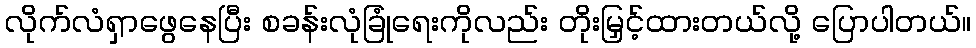
လိုက်လံရှာဖွေနေပြီး စခန်းလုံခြုံရေးကိုလည်း တိုးမြှင့်ထားတယ်လို့ ပြောပါတယ်။